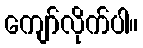
ကျော်လိုက်ပါ။